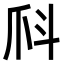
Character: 𤓺